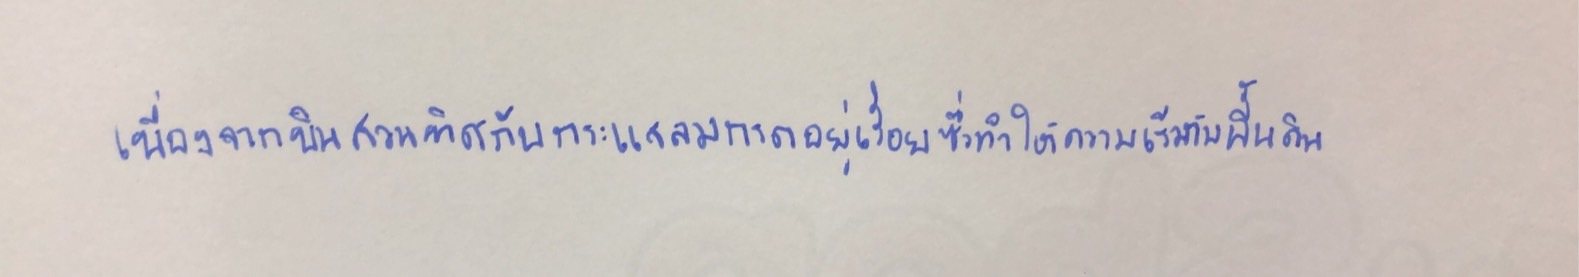
เนื่องจากบินสวนทิศกับกระแสลมกรดอยู่เรื่อยซึ่งทำให้ความเร็วกับพื้นดิน